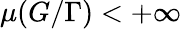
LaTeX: \mu(G/\Gamma)<+\infty